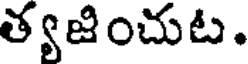
త్యజించుట.